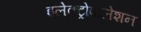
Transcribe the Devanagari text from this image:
इलेक्ट्रोपोलेशन